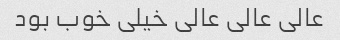
عالی عالی عالی خیلی خوب بود